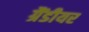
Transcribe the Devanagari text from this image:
ग्रैंडीयर